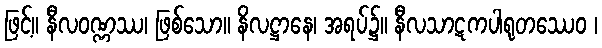
ဖြင့်။ နီလဝဏ္ဏဿ၊ ဖြစ်သော။ နိလဋ္ဌာနေ၊ အရပ်၌။ နီလသာဋကပါရုတဿေဝ ၊